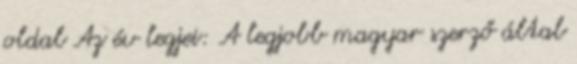
oldal Az év legjei: A legjobb magyar szerző által